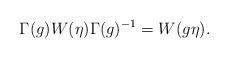
LaTeX: \begin{align*}\Gamma(g)W(\eta)\Gamma(g)^{-1}=W(g\eta).\end{align*}